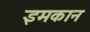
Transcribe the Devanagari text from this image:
इमकान